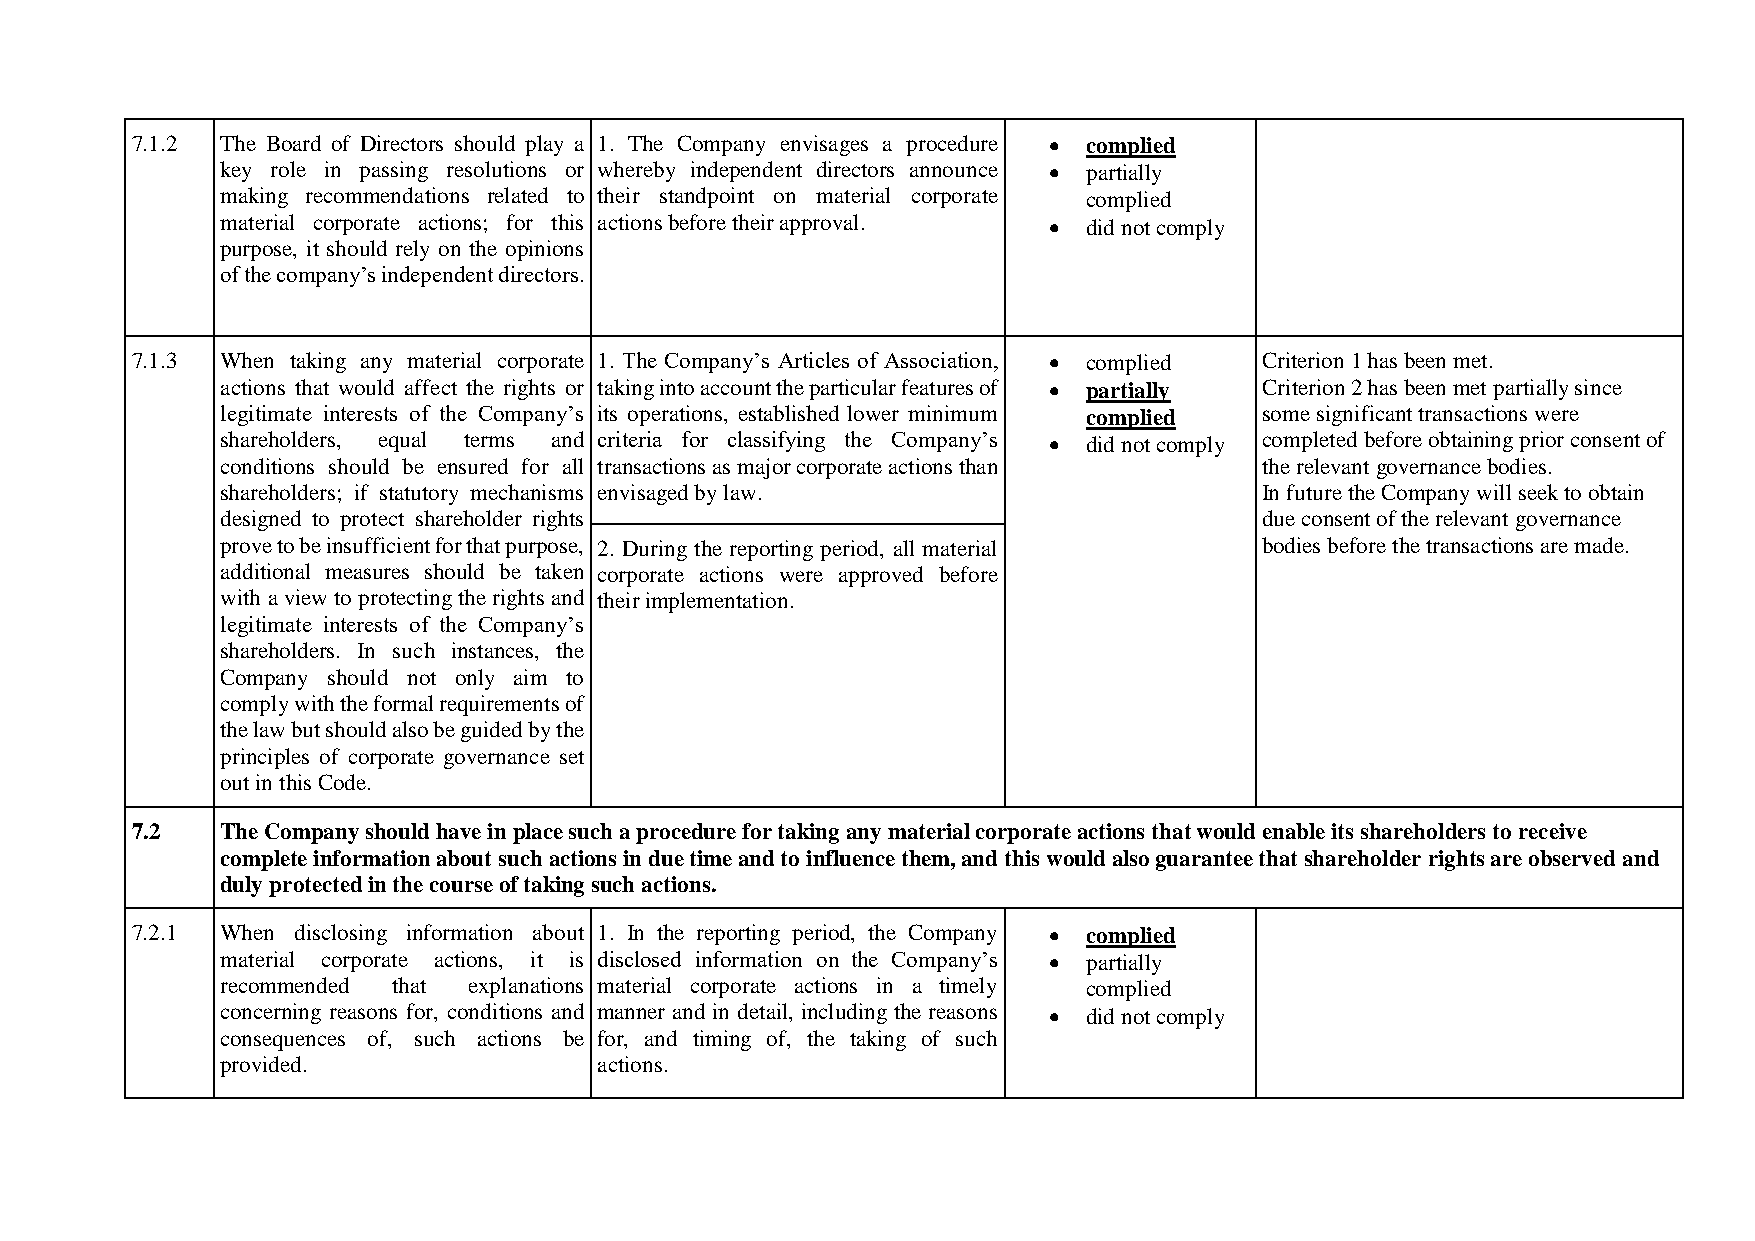
7.1.2 The Board of Directors should play a 1. The Company envisages a procedure  complied
 key role in passing resolutions or whereby independent directors announce  partially
 making recommendations related to their standpoint on material corporate complied
 material corporate actions; for this actions before their approval.  did not comply
 purpose, it should rely on the opinions
 of the company’s independent directors.
 7.1.3 When taking any material corporate 1. The Company’s Articles of Association,  complied Criterion 1 has been met.
 actions that would affect the rights or taking into account the particular features of  partially Criterion 2 has been met partially since
 legitimate interests of the Company’s its operations, established lower minimum complied some significant transactions were
 shareholders, equal terms and criteria for classifying the Company’s  did not comply completed before obtaining prior consent of
 conditions should be ensured for all transactions as major corporate actions than the relevant governance bodies.
 shareholders; if statutory mechanisms envisaged by law.              In future the Company will seek to obtain
 designed to protect shareholder rights                               due consent of the relevant governance
 prove to be insufficient for that purpose, 2. During the reporting period, all material bodies before the transactions are made.
 additional measures should be taken corporate actions were approved before
 with a view to protecting the rights and their implementation.
 legitimate interests of the Company’s
 shareholders. In such instances, the
 Company should not only aim to
 comply with the formal requirements of
 the law but should also be guided by the
 principles of corporate governance set
 out in this Code.
 7.2   The Company should have in place such a procedure for taking any material corporate actions that would enable its shareholders to receive
 complete information about such actions in due time and to influence them, and this would also guarantee that shareholder rights are observed and
 duly protected in the course of taking such actions.
 7.2.1 When disclosing information about 1. In the reporting period, the Company  complied
 material corporate actions, it is disclosed information on the Company’s  partially
 recommended that explanations material corporate actions in a timely complied
 concerning reasons for, conditions and manner and in detail, including the reasons  did not comply
 consequences of, such actions be for, and timing of, the taking of such
 provided.                actions.